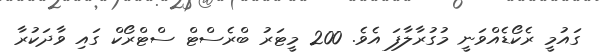
ގައުމީ ރެކޯޑެއްވަނީ މުގުރާލާފަ އެވެ. 200 މީޓަރު ބްރެސްޓް ސްޓްރޯކް ގައި ވާދަކުރާ